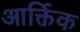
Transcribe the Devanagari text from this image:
आर्क्तिक